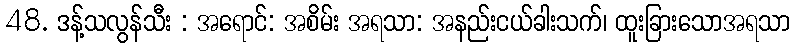
48. ဒန့်သလွန်သီး : အရောင်: အစိမ်း အရသာ: အနည်းငယ်ခါးသက်၊ ထူးခြားသောအရသာ